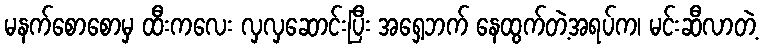
မနက်စောစောမှ ထီးကလေး လှလှဆောင်းပြီး အရှေ့ဘက် နေထွက်တဲ့အရပ်က၊ မင်းဆီလာတဲ့